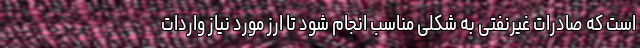
است که صادرات غیرنفتی به شکلی مناسب انجام شود تا ارز مورد نیاز واردات